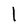
Character: l